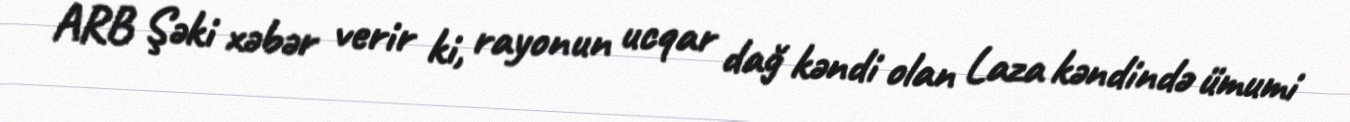
ARB Şəki xəbər verir ki, rayonun ucqar dağ kəndi olan Laza kəndində ümumi